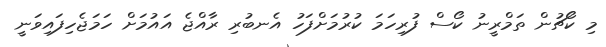
މި ކޯޗުން ތަމްރީނު ކޯސް ފުރިހަމަ ކުރުމަށްފަހު އެނބުރި ރާއްޖެ އައުމަށް ހަމަޖެހިފައިވަނީ